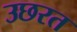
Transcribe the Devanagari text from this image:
उछरत